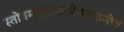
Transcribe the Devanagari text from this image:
स्तोत्रमङ्गारकस्यैतत्पठनीयं